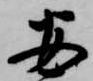
安